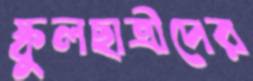
স্কুলছাত্রীদের